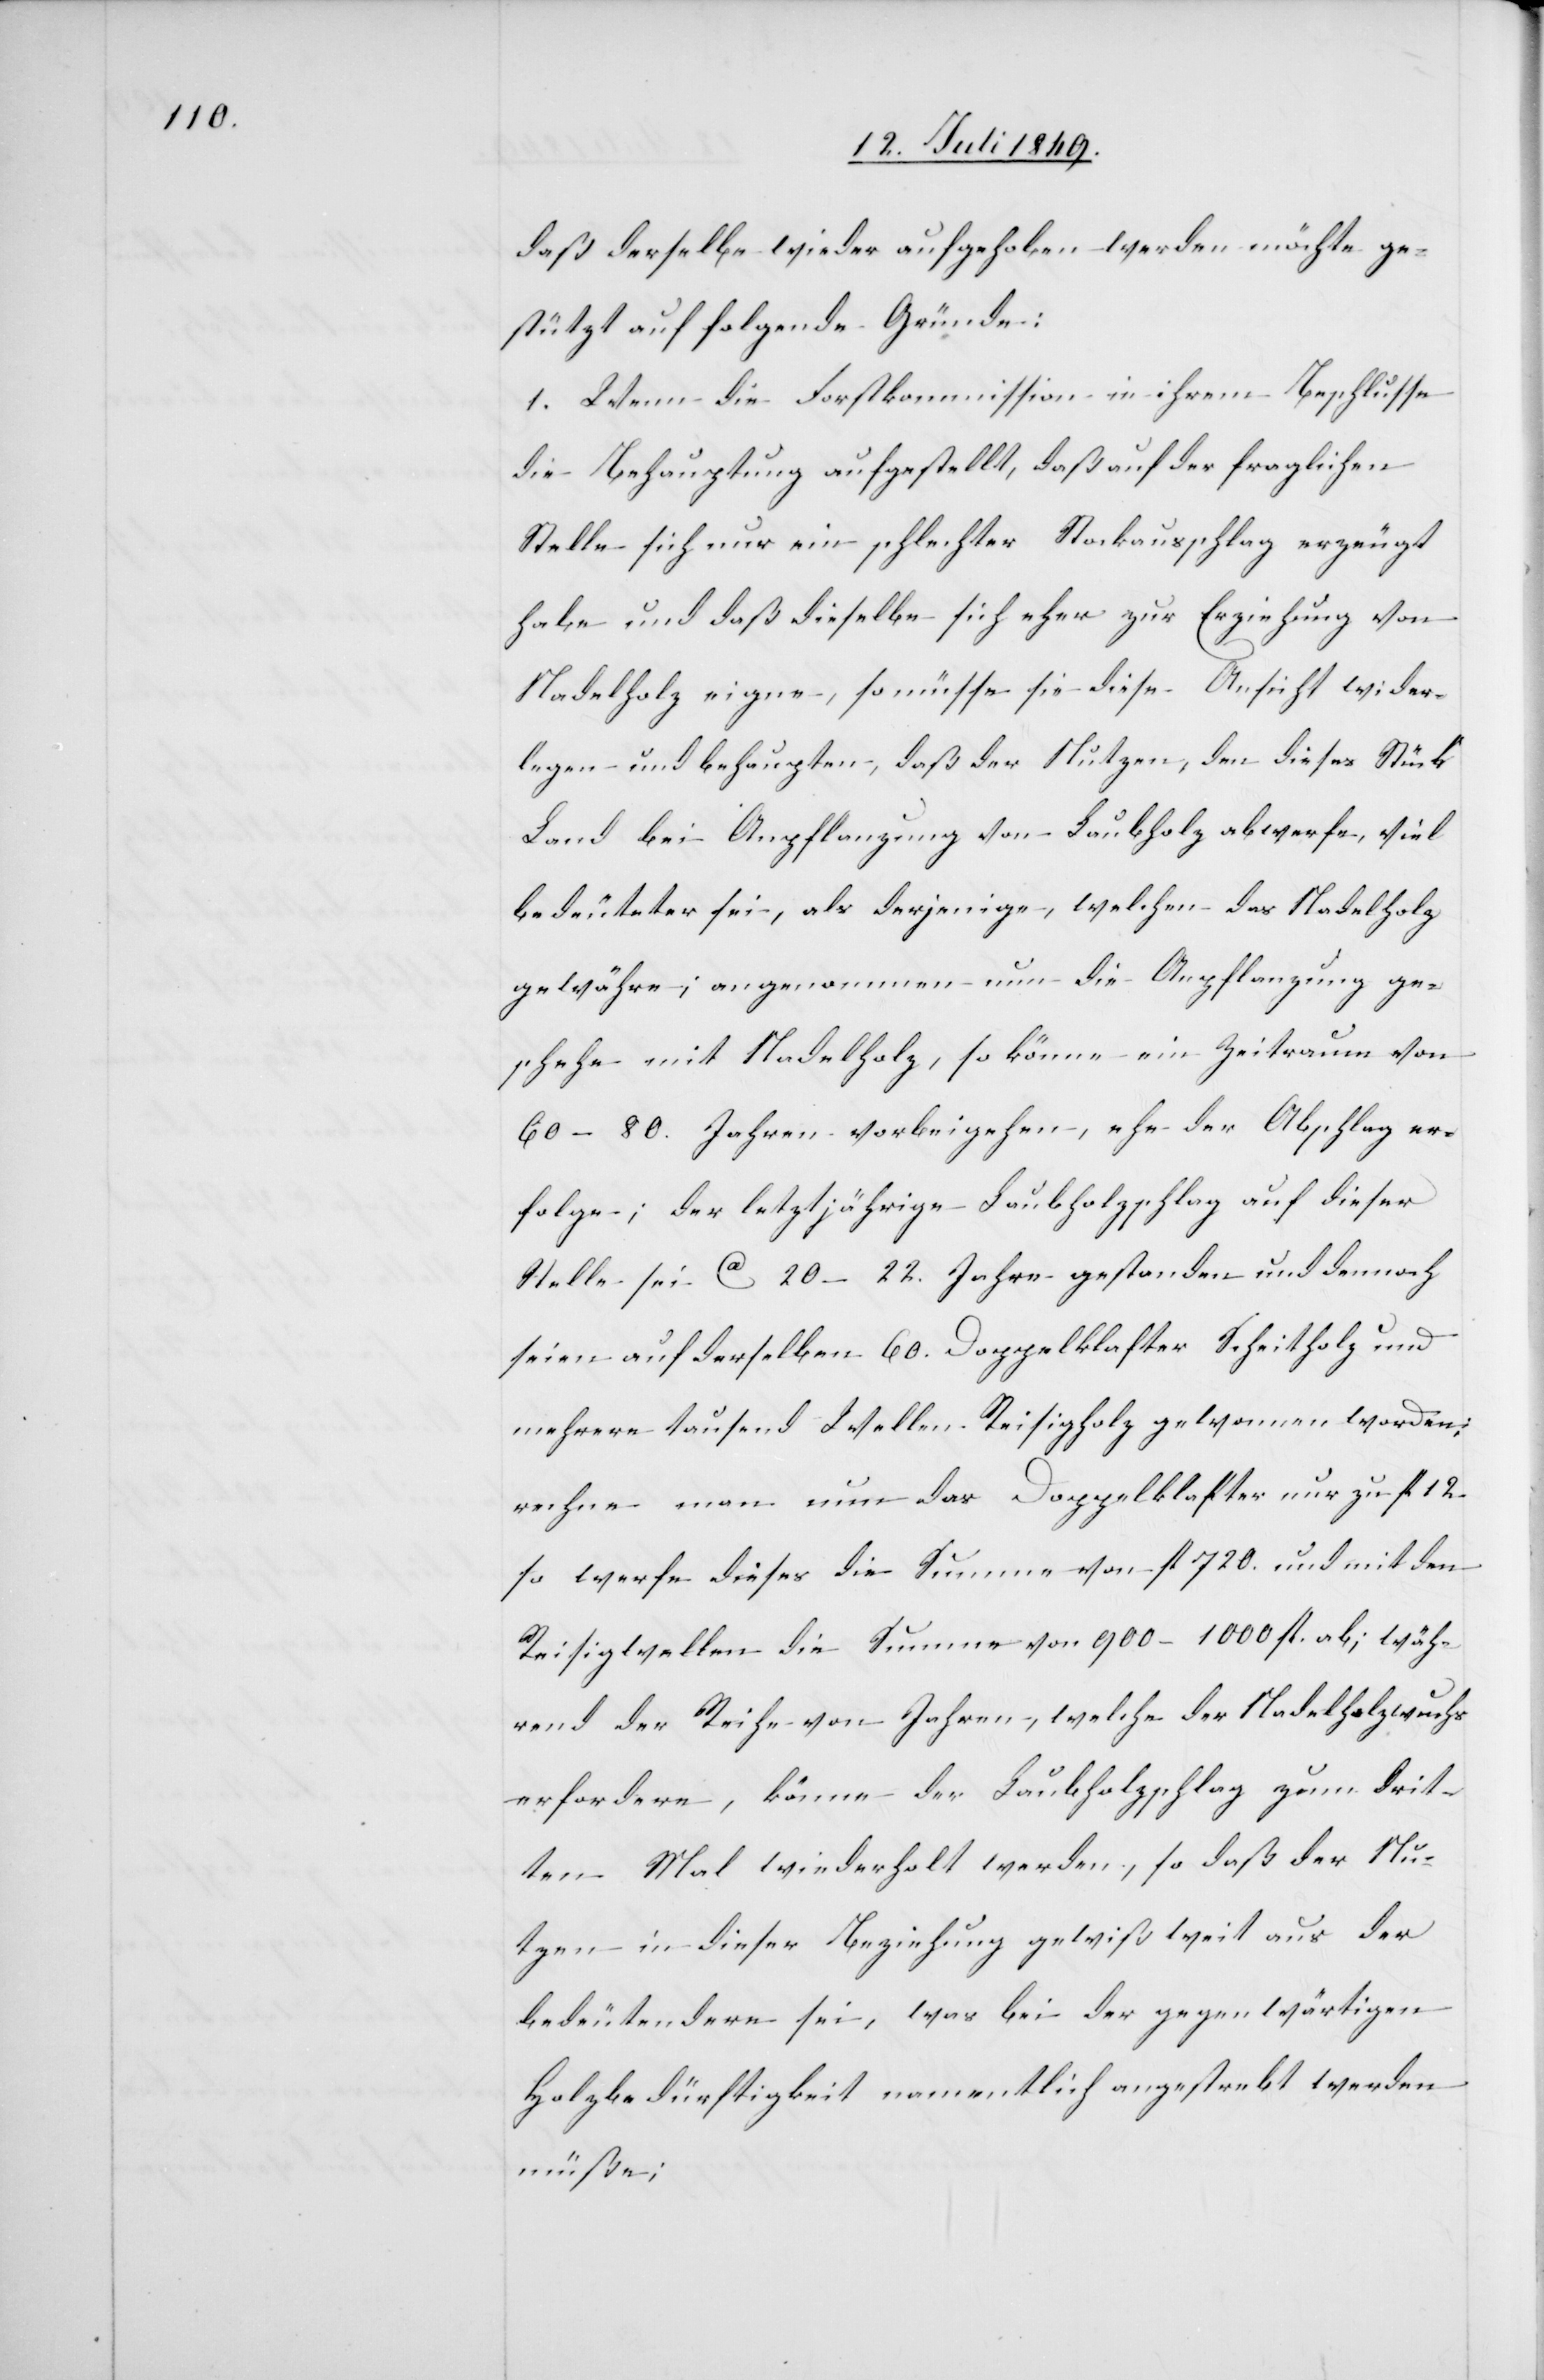
daß derselbe wieder aufgehoben werden möchte ge¬
stützt auf folgende Gründe:
1. Wenn die Forstkommission in ihrem Beschlusse
die Behauptung aufgestellt, daß auf der fraglichen
Stelle sich nur ein schlechter Stockausschlag erzeugt
habe und daß dieselbe sich eher zur Erziehung von
Nadelholz eigne, so müsse sie diese Ansicht wider¬
legen und behaupten, daß der Nutzen, den dieses Stück
Land bei Anpflanzung von Laubholz abwerfe, viel
bedeuteter sei, als derjenige, welchen das Nadelholz
gewähre; angenommen nun die Anpflanzung ge¬
schehe mit Nadelholz, so könne ein Zeitraum von
60–80. Jahren vorbeigehen, ehe der Abschlag er¬
folge; der letztjährige Laubholzschlag auf dieser
Stelle sei ca 20–22. Jahre gestanden und dennoch
seien auf derselben 60. Doppelklafter Scheitholz und
mehrere tausend Wellen Reisigholz gewonnen worden;
rechne man nun das Doppelklafter nur zu fl 12.
so werfe dieses die Summe von fl 720. und mit den
Reisigwellen die Summe von 900–1000. fl. ab; wäh¬
rend der Reihe von Jahren, welche der Nadelholzwuchs
erfordere, könne der Laubholzschlag zum drit¬
ten Mal wiederholt werden, so daß der Nu¬
tzen in dieser Beziehung gewiß weit aus der
bedeutendere sei, was bei der gegenwärtigen
Holzbedürftigkeit namentlich angestrebt werden
müße;